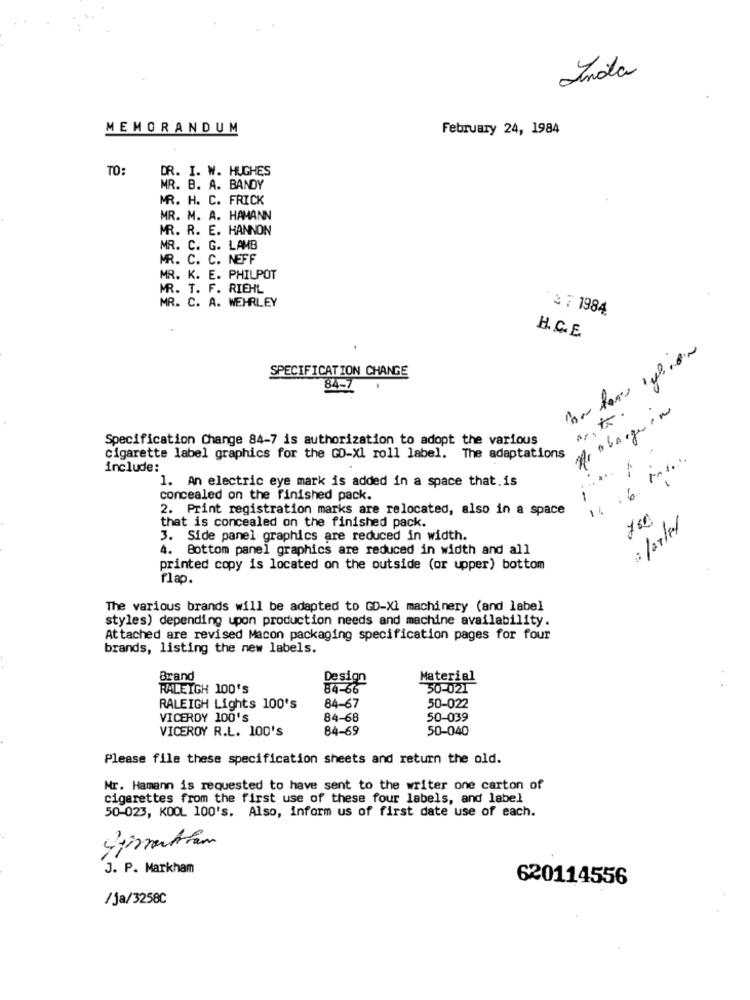
Inda
MEMORANDUM
February 24, 1984
TO:
DR. I. W. HUGHES
MR. B. A. BANDY
MR. H. C. FRICK
MR. M. A. HAMANN
MR. R. E. HANNON
MR. C. G. LAMB
MR. C. C. NEFF
MR. K. E. PHILPOT
MR. T. F. RIEHL
MR. C. A. WEHRLEY
· 2 7 1984.
H. C.E.
SPECIFICATION CHANGE
84-7
pra bangeron
Specification Change 84-7 is authorization to adopt the various
cigarette label graphics for the GO-Xl roll label. The adaptations
include:
1. An electric eye mark is added in a space that.is
concealed on the finished pack.
1
2. Print registration marks are relocated, also in a space
that is concealed on the finished pack.
3. Side panel graphics are reduced in width.
4. Bottom panel graphics are reduced in width and all
printed copy is located on the outside (or upper) bottom
flap.
The various brands will be adapted to GD-Xl machinery (and label
styles) depending upon production needs and machine availability.
Attached are revised Macon packaging specification pages for four
brands, listing the new labels.
Brand
Design
Material
RALEIGH 100'S
84-66
50-021
RALEIGH Lights 100's
84-67
50-022
VICEROY 100'S
84-68
50-039
VICEROY R.L. 100'S
84-69
50-040
Please file these specification sheets and return the old.
Mr. Hamann is requested to have sent to the writer one carton of
cigarettes from the first use of these four labels, and label
50-023, KOOL 100's. Also, inform us of first date use of each.
J. P. Markham
620114556
/ja/3258C